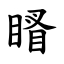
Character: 䁊